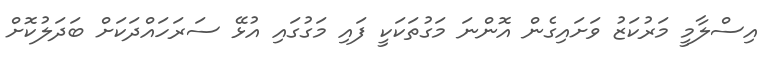
އިސްލާމީ މަރުކަޒު ވަށައިގެން އޮންނަ މަގުތަކަކީ ފައި މަގުގައި އުޅޭ ސަރަހައްދަކަށް ބަދަލުކޮށް